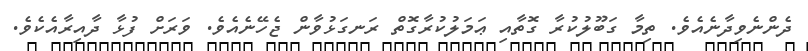
ދެންނެވިދާނެއެވެ. ތިމާ ގަބޫލުކުރާ ގޮތާއި ޢަމަލުކުރާގޮތް ރަނގަޅުވާން ޖެހޭނެއެވެ. ވަރަށް ފުޅާ ދާއިރާއެކެވެ.